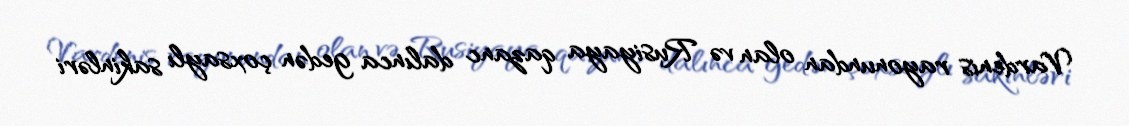
Vardenis rayonundan olan və Rusiyaya qazanc dalınca gedən çoxsaylı sakinləri